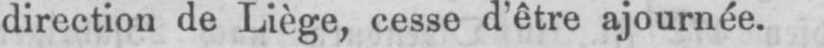
direction de Liège, cesse d’être ajournée.